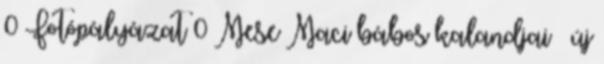
0 Fotópályázat 0 Mese Maci bábos kalandjai – új